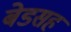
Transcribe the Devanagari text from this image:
बेडसह